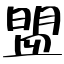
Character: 盟